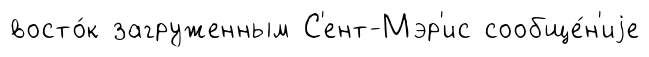
восто́к загруженным С'ент-Мэр'ис сообще́н'иjе